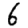
Digit: 6